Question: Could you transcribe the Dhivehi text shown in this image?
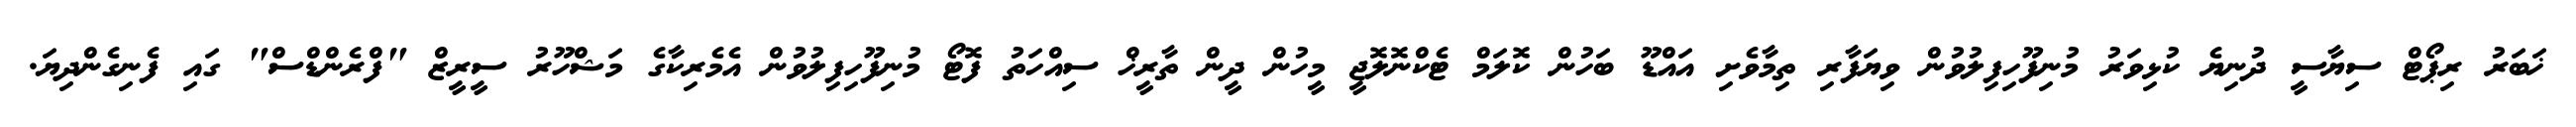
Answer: ޚަބަރު ރިޕޯޓް ސިޔާސީ ދުނިޔެ ކުޅިވަރު މުނިފޫހިފިލުވުން ވިޔަފާރި ތިމާވެށި އައްޑޫ ބަހުން ކޮލަމް ޓެކްނޮލޮޖީ މީހުން ދީން ތާރީޚް ސިއްހަތު ފޮޓޯ މުނިފޫހިފިލުވުން އެމެރިކާގެ މަޝްހޫރު ސީރީޒް "ފްރެންޑްސް" ގައި ފެނިގެންދިޔަ.